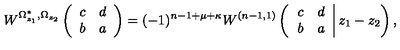
W ^ { \Omega _ { z _ { 1 } } ^ { * } , \Omega _ { z _ { 2 } } } \left( \begin{array} { c c } { c } & { d } \\ { b } & { a } \\ \end{array} \right) = ( - 1 ) ^ { n - 1 + \mu + \kappa } W ^ { ( n - 1 , 1 ) } \left( \left. \begin{array} { c c } { c } & { d } \\ { b } & { a } \\ \end{array} \right| z _ { 1 } - z _ { 2 } \right) ,